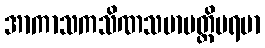
အာကာသကသိဏသမာပတ္တိပရမာ